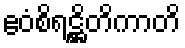
ဧဝံစိရဋ္ဌိတိကာတိ